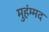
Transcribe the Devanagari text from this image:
मुहंम्मद